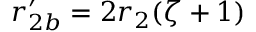
r _ { 2 b } ^ { \prime } = 2 r _ { 2 } ( \zeta + 1 )